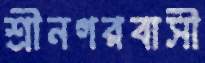
শ্রীনগরবাসী